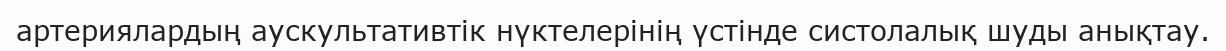
артериялардың аускультативтік нүктелерінің үстінде систолалық шуды анықтау.